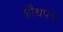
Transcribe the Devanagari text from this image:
शौधपत्र